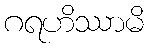
ဂရဟိဿာမိ